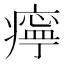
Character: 𤹧